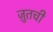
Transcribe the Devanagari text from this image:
ज़ुतची